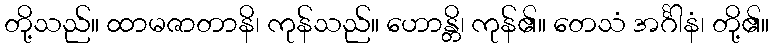
တို့သည်။ ထာမဇာတာနိ၊ ကုန်သည်။ ဟောန္တိ၊ ကုန်၏။ တေသံ အင်္ဂါနံ၊ တို့၏။